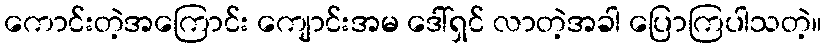
ကောင်းတဲ့အကြောင်း ကျောင်းအမ ဒေါ်ရှင် လာတဲ့အခါ ပြောကြပါသတဲ့။